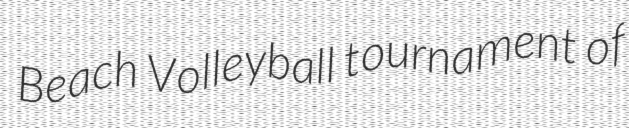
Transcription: Beach Volleyball tournament of